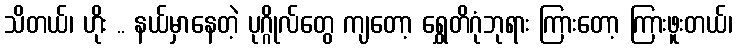
သိတယ်၊ ဟိုး .. နယ်မှာနေတဲ့ ပုဂ္ဂိုလ်တွေ ကျတော့ ရွှေတိဂုံဘုရား ကြားတော့ ကြားဖူးတယ်၊